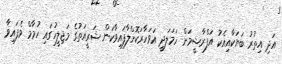
އަދި އިތުރު ބަޔަކާއިއެކު އަފްރާޝީމަށް ހަމަލަދީ އަވަހާރަކޮށްލާފައިވާކަން ޝަރީއަތުގެ މަޖިލީހުގައި ހުމާމް ވެފައިވާ